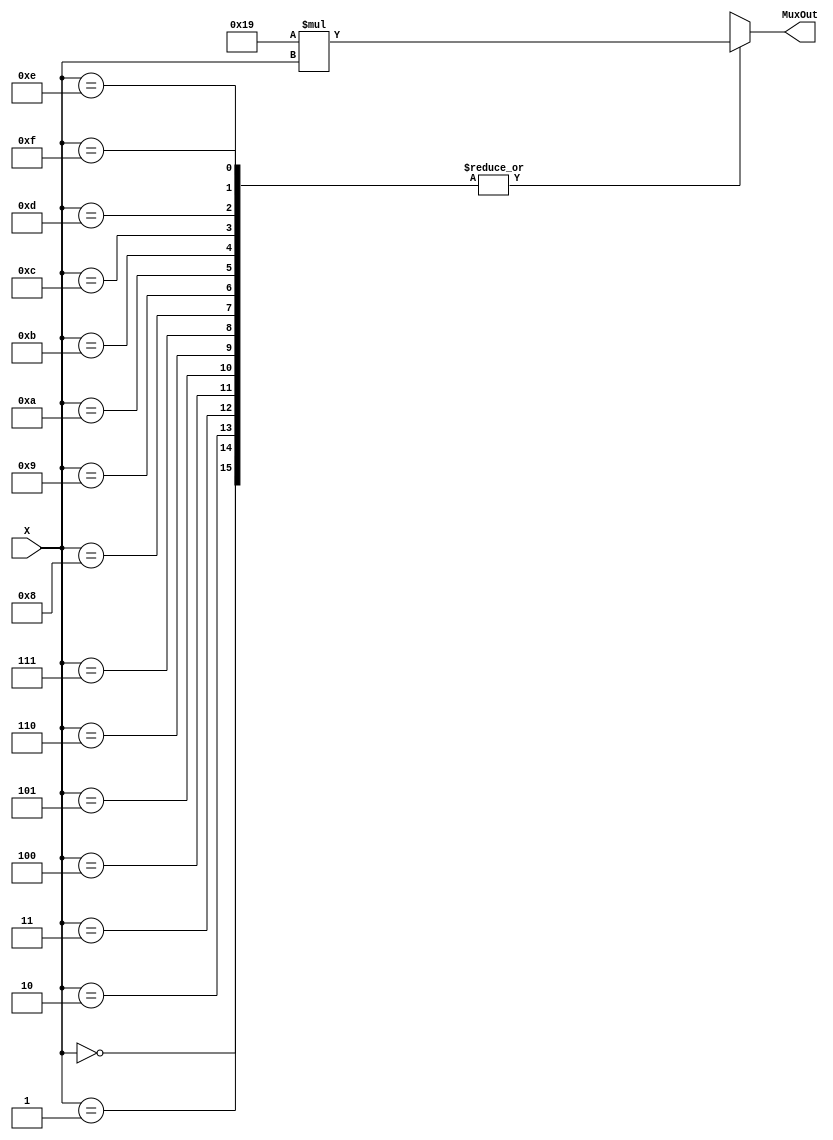
module Entries_16(X,MuxOut);

	input [3:0]X;
	output [8:0]MuxOut;
	reg [8:0]MuxOut;
	reg [4:0]twentyfive;

	always @ (X)
	begin
	    MuxOut=9'h0;
		twentyfive=5'b11001;
		case(X)
		4'h0: MuxOut=twentyfive*X;
		4'h1: MuxOut=twentyfive*X;
		4'h2: MuxOut=twentyfive*X;
		4'h3: MuxOut=twentyfive*X;
		4'h4: MuxOut=twentyfive*X;
		4'h5: MuxOut=twentyfive*X;
		4'h6: MuxOut=twentyfive*X;
		4'h7: MuxOut=twentyfive*X;
		4'h8: MuxOut=twentyfive*X;
		4'h9: MuxOut=twentyfive*X;
		4'hA: MuxOut=twentyfive*X;
		4'hB: MuxOut=twentyfive*X;
		4'hC: MuxOut=twentyfive*X;
		4'hD: MuxOut=twentyfive*X;
		4'hE: MuxOut=twentyfive*X;
		4'hF: MuxOut=twentyfive*X;
		endcase
	end

endmodule

module Adder_Register(clk,acc_rst1,acc_rst2,Y,MuxOut);

	input clk,acc_rst1,acc_rst2;
	input [8:0]MuxOut;
	output [12:0]Y;
	reg [12:0]AdderOut;

	initial
		AdderOut=13'b0;
	always @ (posedge clk)
	begin
		if(acc_rst1 == 1)
            AdderOut = AdderOut + {4'b0,MuxOut};
        else
            AdderOut = AdderOut;
	end

	always @(posedge acc_rst2 or negedge acc_rst2)
        AdderOut= 13'b0;

    assign Y = AdderOut;
	
endmodule

module dff(clk,reset,d,q,nq);

	input d;
	input clk;
	input reset;
	output q;
	output nq;
	reg q;
	reg nq;

	always @ (posedge clk or reset)
	begin
		if(reset)
		begin
			q=1'b0;
			nq=1'b1;
		end
		else
			begin
				q=d;
				nq=~q;
			end
	end

endmodule

module ACC_RST(clk,reset,acc_rst1,acc_rst2);

	input clk;
	input reset;

	output acc_rst1,acc_rst2;

	wire [3:0]q;
	wire [3:0]nq;

	dff d1(clk,reset,nq[0],q[0],nq[0]);
	dff d2(q[0],reset,nq[1],q[1],nq[1]);
	dff d3(q[1],reset,nq[2],q[2],nq[2]);
	dff d4(q[2],reset,nq[3],q[3],nq[3]);

	assign acc_rst2 = q[3];
	assign acc_rst1 = q[2];

endmodule

module INTG(clk,reset,X,Y);

	input [3:0]X;
	input clk,reset;
	wire [8:0]MuxOut;
	wire acc_rst2,acc_rst1;
	output [12:0]Y;

	Entries_16 e1(X,MuxOut);
	Adder_Register ar1(clk,acc_rst1,acc_rst2,Y,MuxOut);
	ACC_RST ar2(clk,reset,acc_rst1,acc_rst2);

endmodule

module tb_INTG;

	reg [3:0]X;
	reg clk,reset;
	wire [12:0]Y;

	INTG intg1(clk,reset,X,Y);

	initial 
	begin
        #0 clk = 1'b0; reset = 1'b1; X = 4'd0;

        #16 reset = 1'b0;

        #8 X = 4'd10;
        #16 X = 4'd5;
        #16 X = 4'd12;
        #16 X = 4'd1;

        #16 X = 4'd13;
        #16 X = 4'd7;
        #16 X = 4'd9;
        #16 X = 4'd2;

        #16 X = 4'd11;
        #16 X = 4'd5;
        #16 X = 4'd4;
        #16 X = 4'd2;

        #16 $finish;
    end

    always

        #8 clk = ~clk;

    initial begin
        $dumpfile("file.vcd");
        $dumpvars;
    end

endmodule